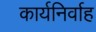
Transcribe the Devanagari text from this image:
कार्यनिर्वाह